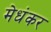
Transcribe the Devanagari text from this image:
मेधंकर